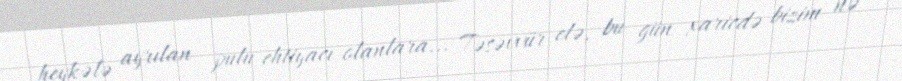
heykələ ayrılan pulu ehtiyacı olanlara... Təsəvvür elə, bu gün xaricdə bizim nə